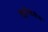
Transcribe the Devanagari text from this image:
कुर्डुपेठेतील